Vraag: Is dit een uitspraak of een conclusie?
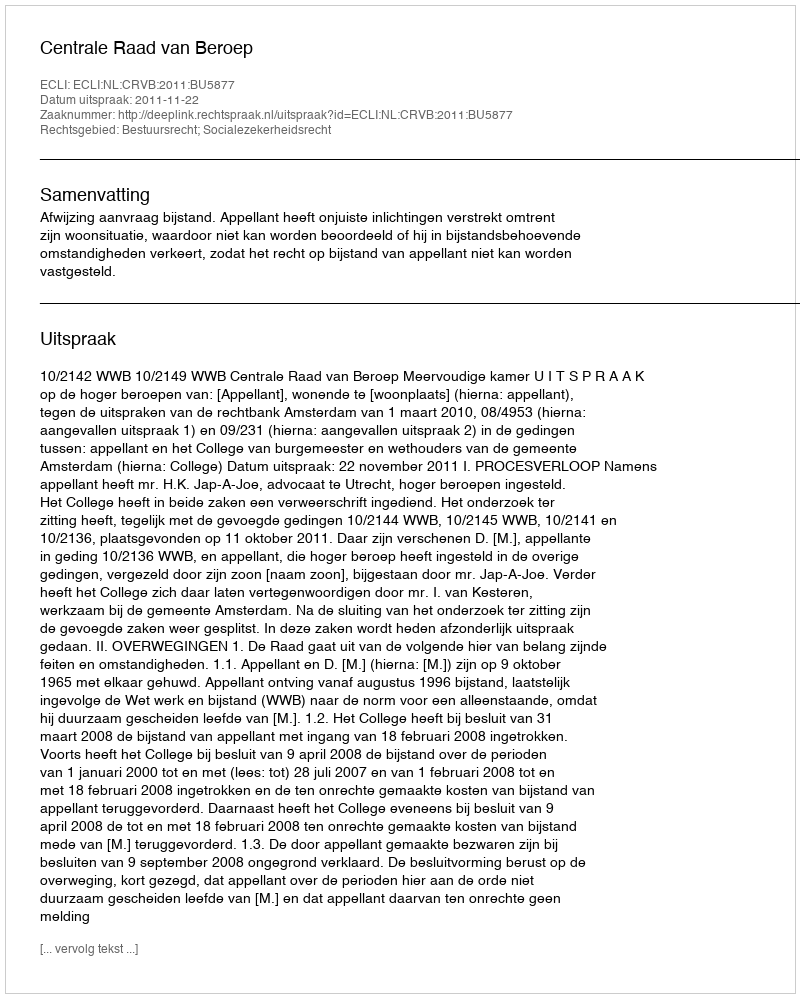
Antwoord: Uitspraak